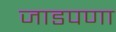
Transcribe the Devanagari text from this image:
जाडपणा